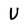
Character: U